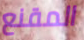
المقنع